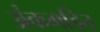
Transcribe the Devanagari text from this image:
अंकगडित